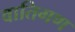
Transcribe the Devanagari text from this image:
वातिगण